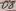
Text: D8